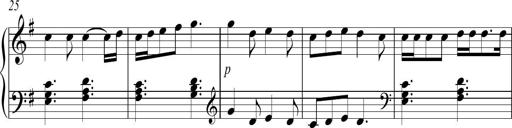
Title: Sonatina no. 2
Composer: Brian Henderson-Sellers
Key: G major